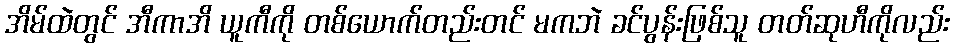
အိမ်ထဲတွင် အီကာအိ ယူကီကို တစ်ယောက်တည်းတင် မကဘဲ ခင်ပွန်းဖြစ်သူ တတ်ဆုဟီကိုလည်း